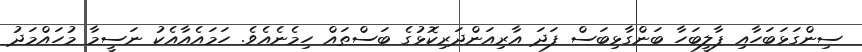
ސިންގަޅަބަހާއި ޕާލީބަހާ ބަންގާޅިބަސް ފަދަ އާރިއަންދަރިކޮޅުގެ ބަސްތައް ހިމެނެއެވެ. ހަމައެއާއެކު ނަސީމާ މުހައްމަދު